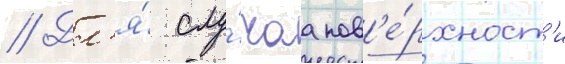
// Дл'я́ слу́чаа пов'е́рхност'и